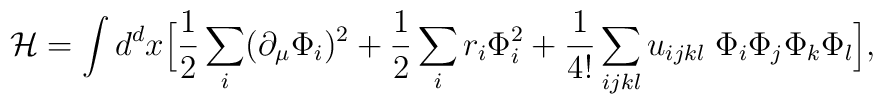
{\cal H} = \int d^d x \Bigl[ {1\over 2} \sum_i (\partial_\mu \Phi_{i})^2 + {1\over 2} \sum_i r_i \Phi_{i}^2  + {1\over 4!} \sum_{ijkl} u_{ijkl} \; \Phi_i\Phi_j\Phi_k\Phi_l \Bigr],